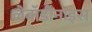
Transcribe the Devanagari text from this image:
लेबॉर्डॉनाइस